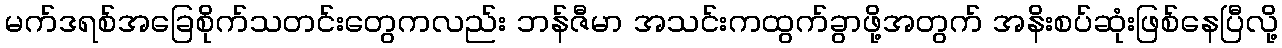
မက်ဒရစ်အခြေစိုက်သတင်းတွေကလည်း ဘန်ဇီမာ အသင်းကထွက်ခွာဖို့အတွက် အနိးစပ်ဆုံးဖြစ်နေပြီလို့